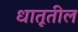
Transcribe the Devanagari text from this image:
धातूतील